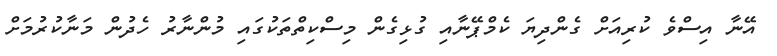
އޭނާ އިސްވެ ކުރިއަށް ގެންދިޔަ ކެމްޕޭނާއި ގުޅިގެން މިސްކިތްތަކުގައި މުންނާރު ހެދުން މަނާކުރުމަށް